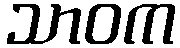
သာဝက